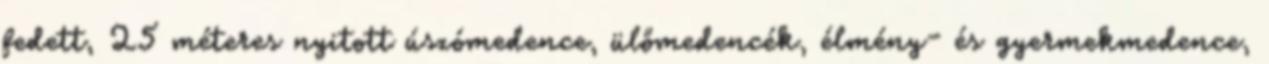
fedett, 25 méteres nyitott úszómedence, ülőmedencék, élmény- és gyermekmedence,